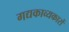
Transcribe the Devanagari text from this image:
गद्यकाव्यकारों